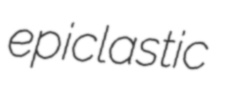
epiclastic